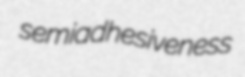
semiadhesiveness